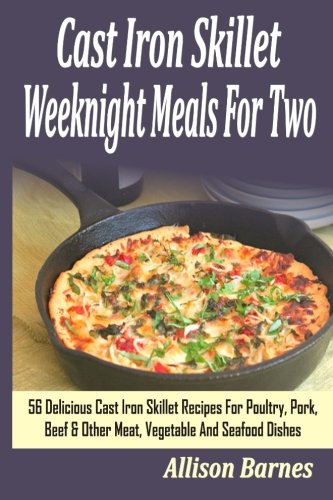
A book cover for Cast Iron Skillet Weeknight Meals For Two: 56 Delicious Cast Iron Skillet Recipes For Poultry, Pork, Beef & Other Meat, Vegetable And Seafood Dishes; Allison Barnes; Cookbooks, Food & Wine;